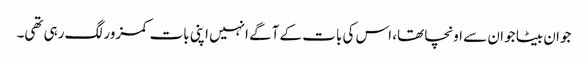
جوان بیٹا جو ان سے اونچا تھا، اس کی بات کے آگے انہیں اپنی بات کمزور لگ رہی تھی۔